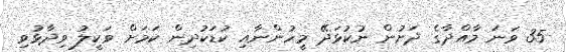
35 ވަނަ މާއްދާގެ ދަށުން ނުކުޅަދޭ މީހުންނާއި ކުޑަކުދިން ކަމަށް ވަކީލު ވިދާޅުވި